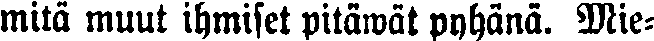
mitä muut ihmiset pitäwät pyhänä. Mie-